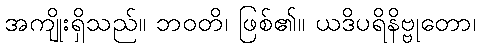
အကျိုးရှိသည်။ ဘဝတိ၊ ဖြစ်၏။ ယဒိပရိနိဗ္ဗုတော၊